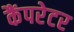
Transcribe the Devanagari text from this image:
कैंपरेटर